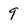
Character: 9